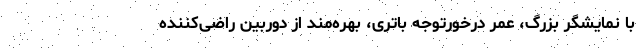
با نمایشگر بزرگ، عمر درخورتوجه باتری، بهره‌مند از دوربین راضی‌کننده